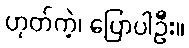
ဟုတ်ကဲ့၊ ပြောပါဦး။